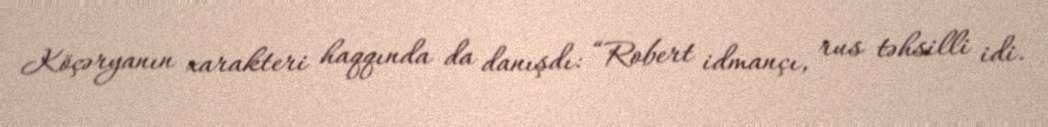
Köçəryanın xarakteri haqqında da danışdı: “Robert idmançı, rus təhsilli idi.